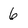
Character: 6